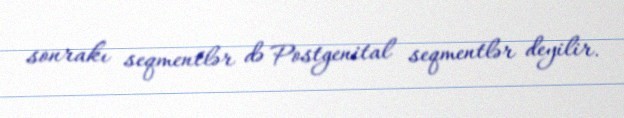
sonrakı seqmentlər də Postgenital seqmentlər deyilir.